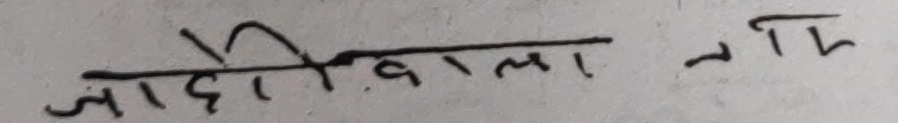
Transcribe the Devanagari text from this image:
जाहेरीवाला तर्फ